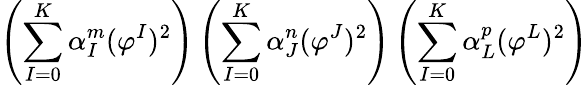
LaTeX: \left(\sum_{I=0}^{K}\alpha_{I}^{m}(\varphi^{I})^{2}\right)\left(\sum_{I=0}^{K}\alpha_{J}^{n}(\varphi^{J})^{2}\right)\left(\sum_{I=0}^{K}\alpha_{L}^{p}(\varphi^{L})^{2}\right)